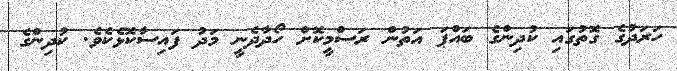
ހަރަދުގެ ގޮތުގައި ކުދިންގެ ބައްޕަ އަތުން ރަސްމީކޮށް ހޯދާދެނީ މަދު ފައިސާކޮޅެކެވެ. ކުދިންގެ